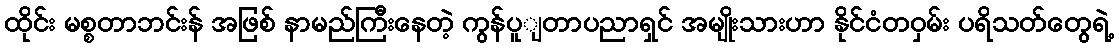
ထိုင်း မစ္စတာဘင်းန် အဖြစ် နာမည်ကြီးနေတဲ့ ကွန်ပူျတာပညာရှင် အမျိုးသားဟာ နိုင်ငံတဝှမ်း ပရိသတ်တွေရဲ့